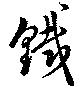
鉄